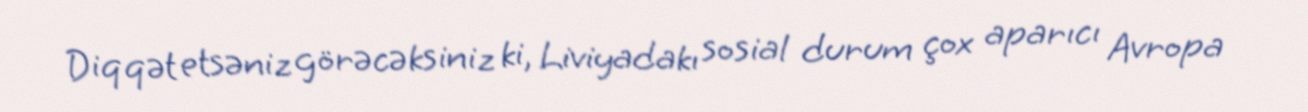
Diqqət etsəniz görəcəksiniz ki, Liviyadakı sosial durum çox aparıcı Avropa